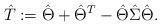
LaTeX: \begin{align*}\hat T := \hat \Theta + \hat\Theta^T - \hat\Theta \hat\Sigma \hat\Theta.\end{align*}